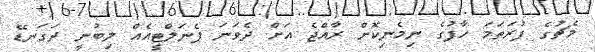
މެޗުގެ ފުރަތަމަ ހާފުގެ ނިމެނިކޮށް ރާއްޖެ އަށް ދެވަނަ ޕެނަލްޓީއެއް ލިބުނީ ދަގަނޑޭ